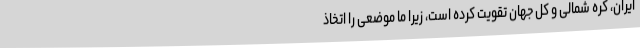
ایران، کره شمالی و کل جهان تقویت کرده است، زیرا ما موضعی را اتخاذ